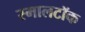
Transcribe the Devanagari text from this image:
स्मालटॉक